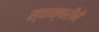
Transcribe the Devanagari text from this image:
स्वाक्षरीने